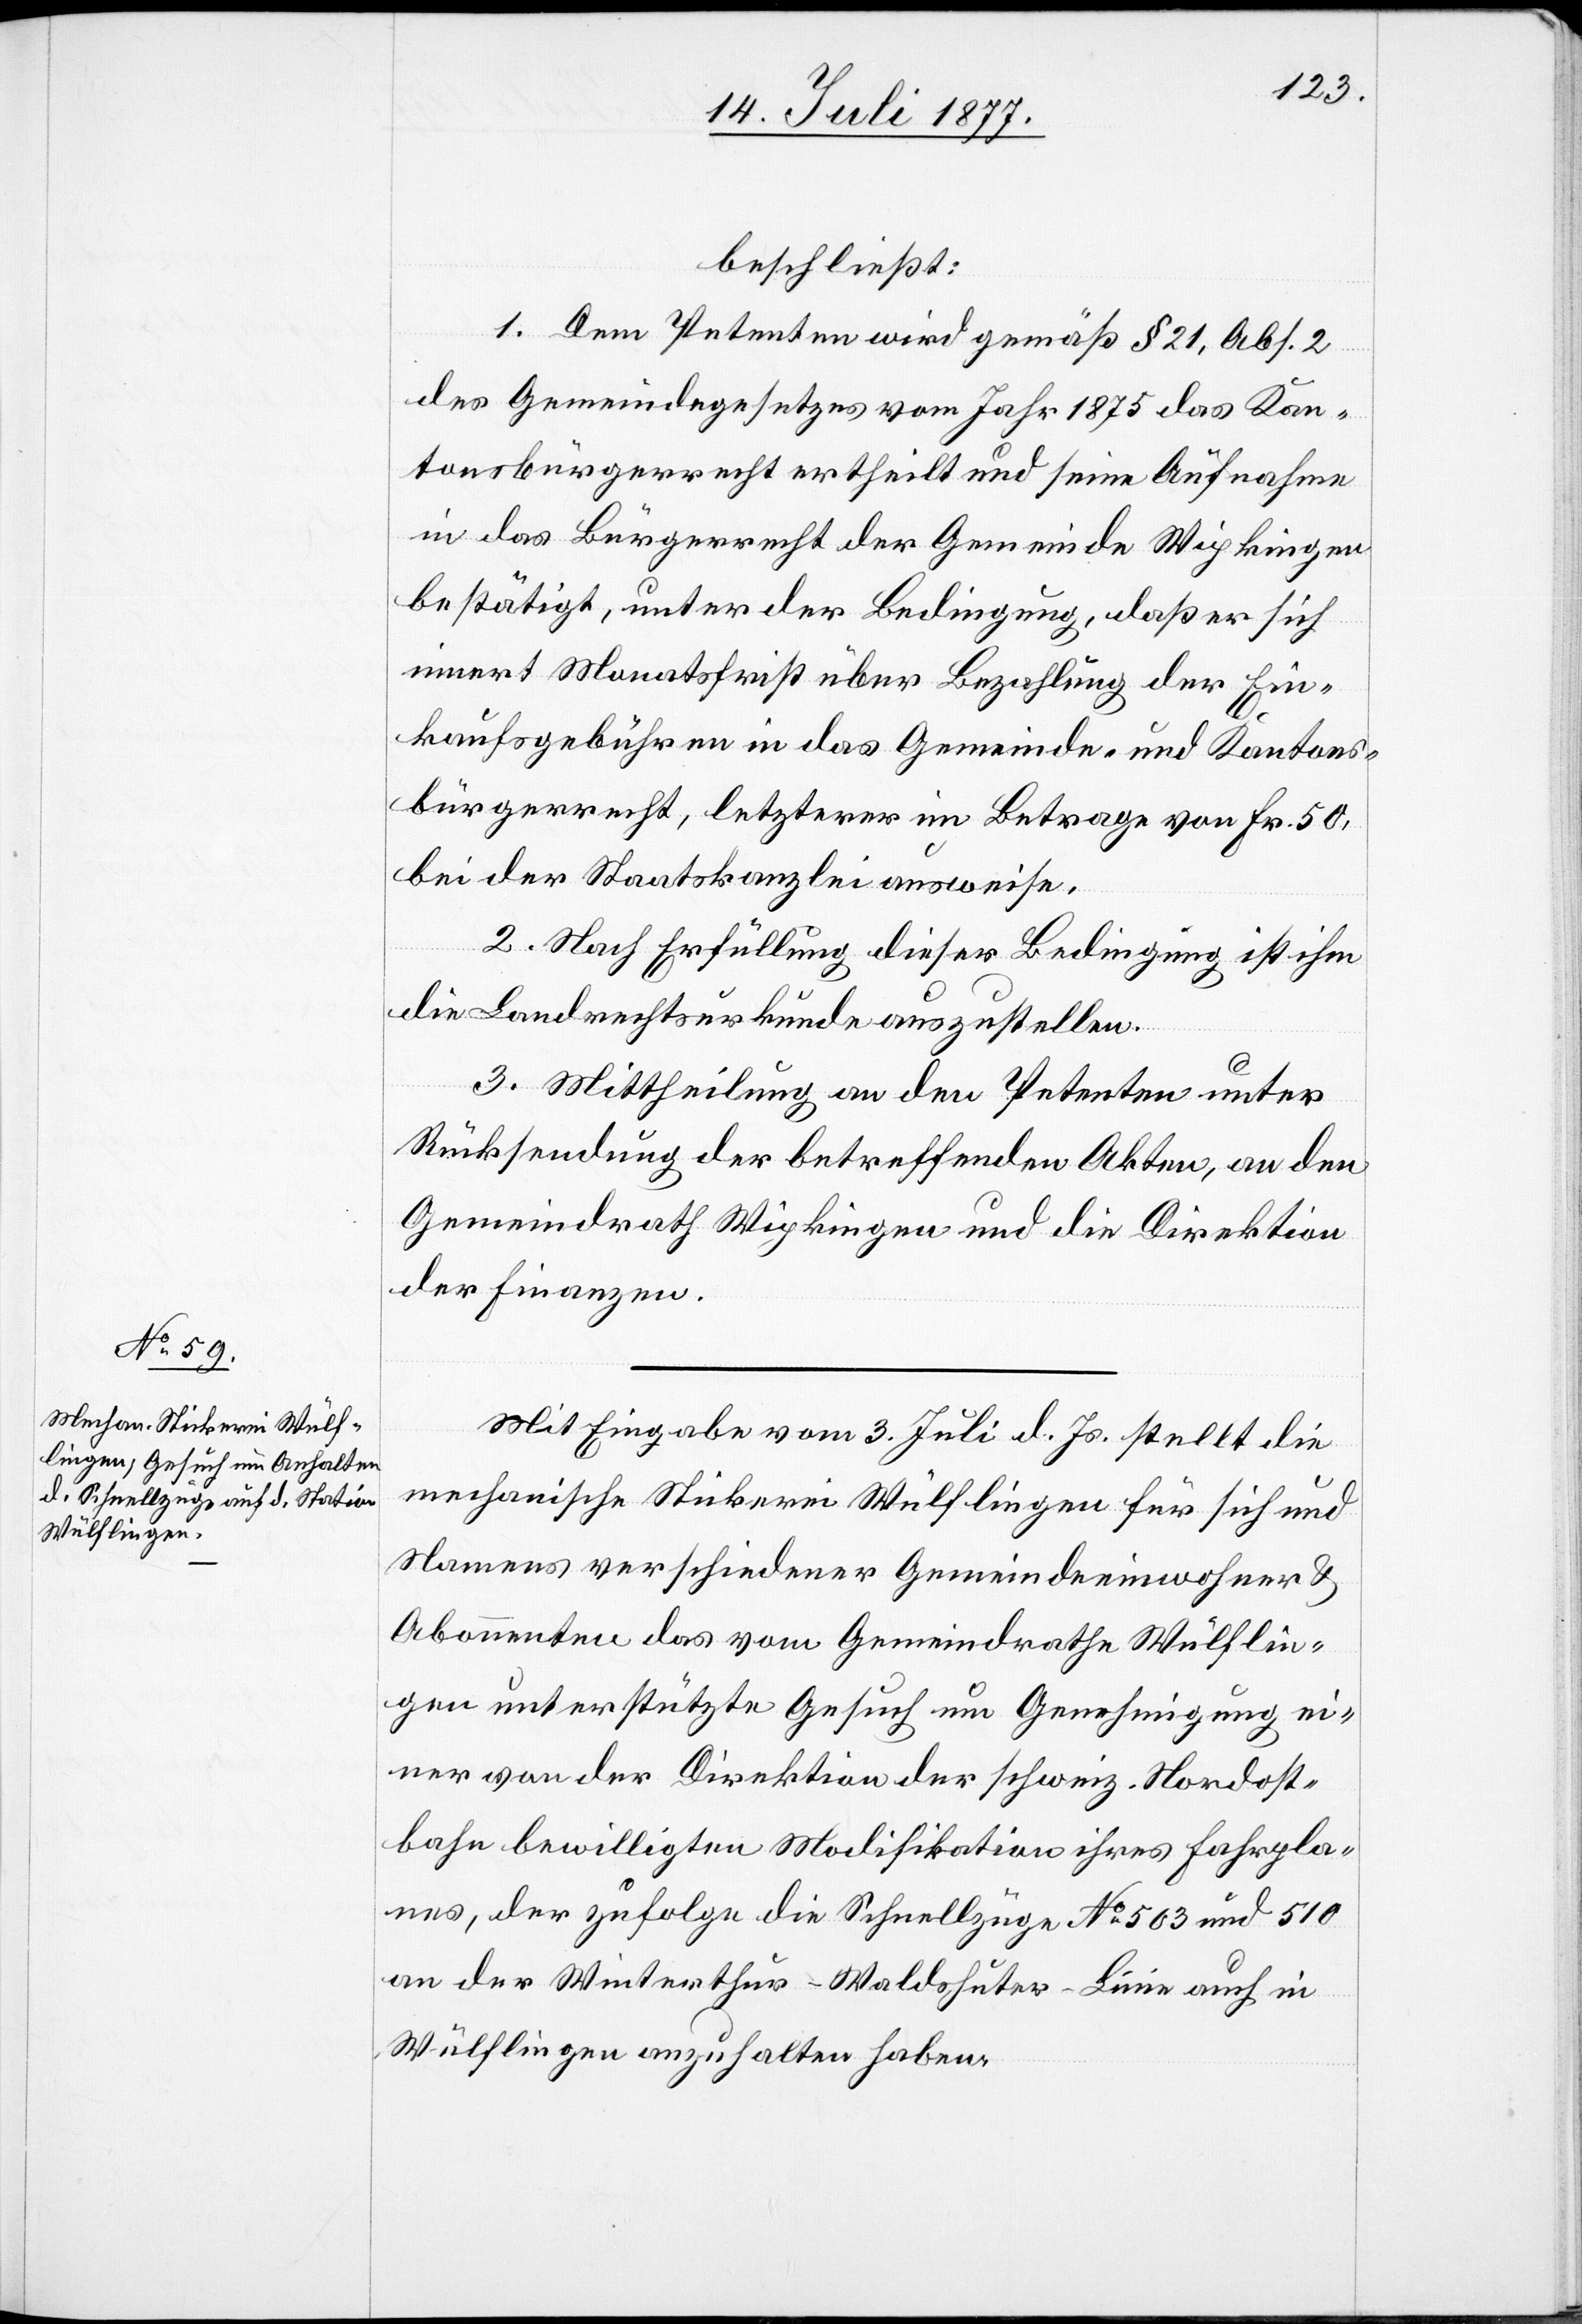
beschließt:
1. Dem Petenten wird gemäß § 21, Abs. 2
des Gemeindegesetzes vom Jahr 1875 das Kan¬
tonsbürgerrecht ertheilt und seine Aufnahme
in das Bürgerrecht der Gemeinde Wipkingen
bestätigt, unter der Bedingung, daß er sich
innert Monatsfrist über Bezahlung der Ein¬
kaufsgebühren in das Gemeinde- und Kantons¬
bürgerrecht, letzterer im Betrage von Fr. 50,
bei der Staatskanzlei ausweise.
2. Nach Erfüllung dieser Bedingung ist ihm
die Landrechtsurkunde auszustellen.
3. Mittheilung an den Petenten unter
Rücksendung der betreffenden Akten, an den
Gemeindrath Wipkingen und die Direktion
der Finanzen.
Mit Eingabe vom 3. Juli d. Js. stellt die
mechanische Stickerei Wülflingen für sich und
Namens verschiedener Gemeindeeinwohner &
Abonnenten das vom Gemeindrathe Wülflin¬
gen unterstützte Gesuch um Genehmigung ei¬
ner von der Direktion der schweiz. Nordost¬
bahn bewilligten Modifikation ihres Fahrpla¬
nes, der zufolge die Schnellzüge No 503 und 510
an der Winterthur-Waldshuter-Linie auch in
Wülflingen anzuhalten haben.